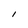
Character: I